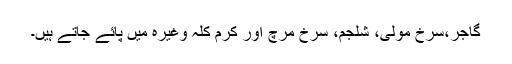
گاجر،سرخ مولی، شلجم، سرخ مرچ اور کرم کلہ وغیرہ میں پائے جاتے ہیں۔